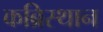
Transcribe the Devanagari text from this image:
कब्रिस्थान